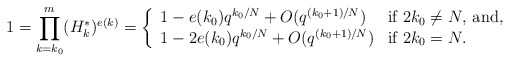
\begin{align*}1 = \prod_{k=k_0}^m (H_{k}^*)^{e(k)}= \left\{\begin{array}{ll}1 - e(k_0)q^{k_0/N} + O(q^{(k_0+1)/N})&\mbox{if $2k_0\not=N$, and},\\1 - 2e(k_0)q^{k_0/N} + O(q^{(k_0+1)/N})&\mbox{if $2k_0=N$.}\end{array}\right.\end{align*}